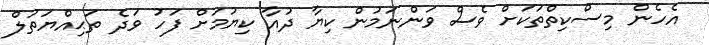
އެހެން މިސްކިތްތަކަށް ވެސް ވަންނަމުން ކިޔާ ދުއާ ކިޔުމަށް ފަހު ވަދެ ތަޙިއްޔަތުލް